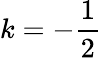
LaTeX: k=-\frac{1}{2}